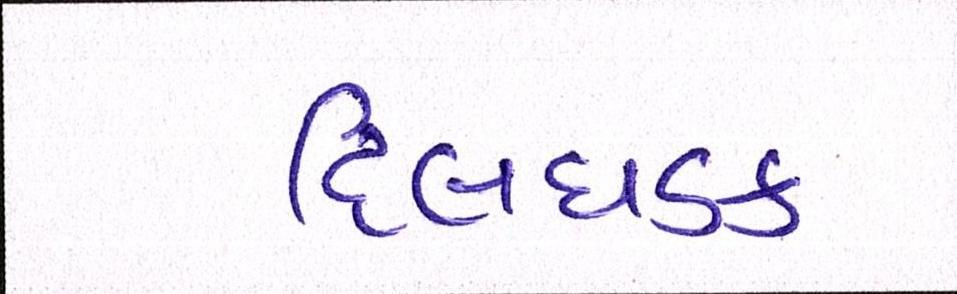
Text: દિલધડક